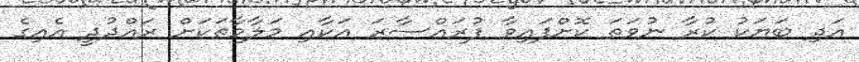
އަދި ބަޔަކު ކުރާ ނުވަތަ ކޮށްފައިވާ ފުރައްސާރަ އަކާއި މަލާމާތަކަށް ރައްދުދީ އެއިގެ